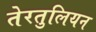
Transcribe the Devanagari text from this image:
तेरतुलियन